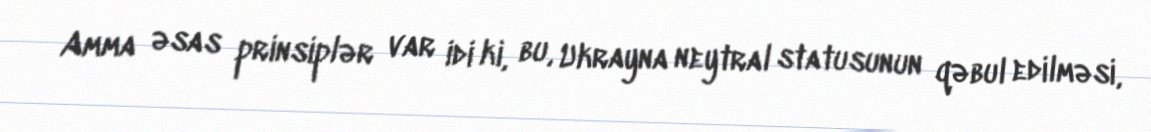
Amma əsas prinsiplər var idi ki, bu, Ukrayna neytral statusunun qəbul edilməsi,